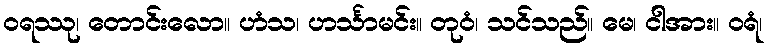
ဝရဿု၊ တောင်းလော။ ဟံသ၊ ဟင်္သာမင်း။ တုဝံ၊ သင်သည်။ မေ၊ ငါအား။ ဝရံ၊